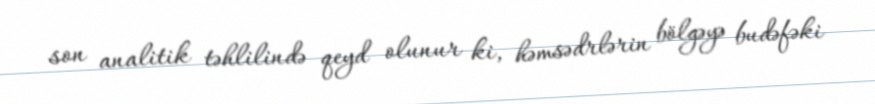
son analitik təhlilində qeyd olunur ki, həmsədrlərin bölgəyə budəfəki